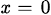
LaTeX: \scriptstyle\mathit{x}\; =\; 0